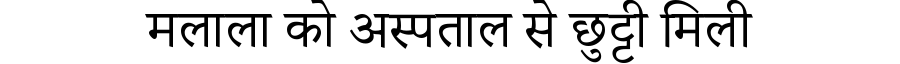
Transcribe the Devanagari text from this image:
मलाला को अस्पताल से छुट्टी मिली